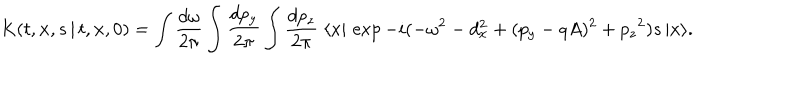
LaTeX: K ( t , { \bf x } , s \, \vert \, t , { \bf x } , 0 ) = \int { \frac { d \omega } { 2 \pi } } \int { \frac { d p _ { y } } { 2 \pi } } \int { \frac { d p _ { z } } { 2 \pi } } \; \langle x \vert \, \exp - i ( - \omega ^ { 2 } - d _ { x } ^ { 2 } + ( p _ { y } - q A ) ^ { 2 } + { p _ { z } } ^ { 2 } ) s \, \vert x \rangle .